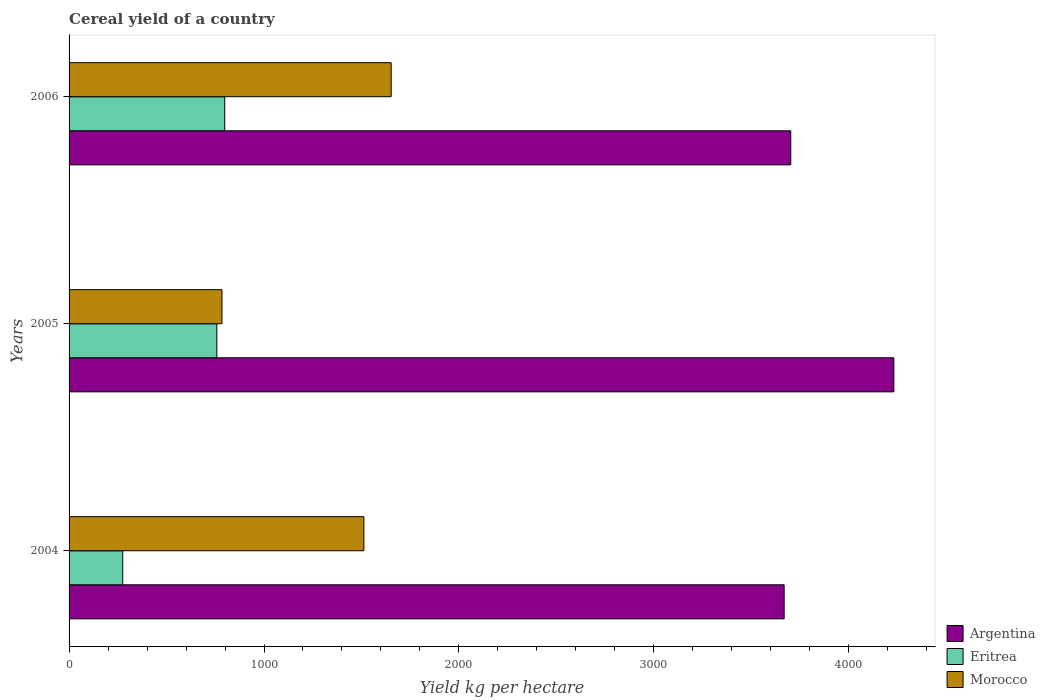
| Years | Argentina | Eritrea | Morocco |
 | --- | --- | --- | --- |
 | 2004 | 3.67e+03 | 275 | 1.51e+03 |
 | 2005 | 4.23e+03 | 758 | 784 |
 | 2006 | 3.7e+03 | 798 | 1.65e+03 |